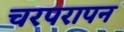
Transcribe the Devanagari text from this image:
चरपरापन